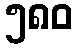
၅၈၀